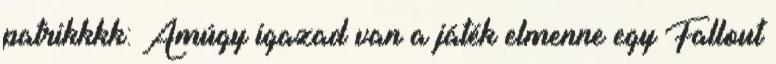
patrikkkk: Amúgy igazad van a játék elmenne egy Fallout